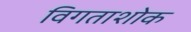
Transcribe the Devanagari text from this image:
विगताशोक